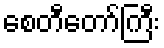
စေတီတော်ကြီး